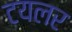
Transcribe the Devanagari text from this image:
टयलर